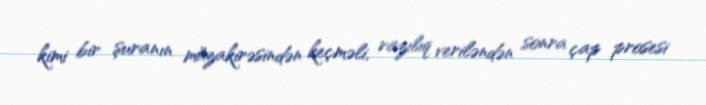
kimi bir şuranın müzakirəsindən keçməli, razılıq veriləndən sonra çap prosesi